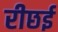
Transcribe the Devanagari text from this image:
रीछई